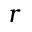
r